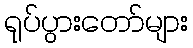
ရုပ်ပွားတော်များ